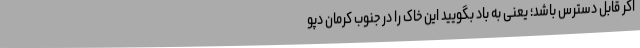
اگر قابل دسترس باشد؛ یعنی به باد بگویید این خاک را در جنوب کرمان دپو